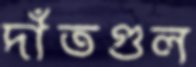
দাঁতগুল